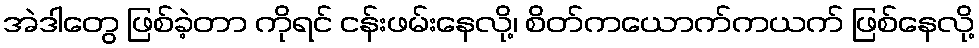
အဲဒါတွေ ဖြစ်ခဲ့တာ ကိုရင် ငန်းဖမ်းနေလို့၊ စိတ်ကယောက်ကယက် ဖြစ်နေလို့